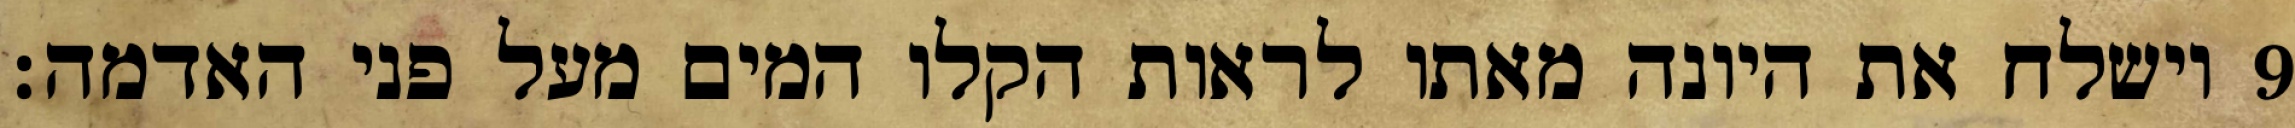
וישלח את היונה מאתו לראות הקלו המים מעל פני האדמה׃ ‎9‏